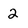
Character: 2